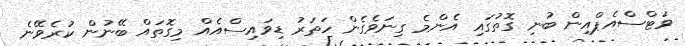
ވަޓްސްއެޕްއިން ބުނި ގޮތުގައި އެންމެ ގިނަވެގެން ހަތަރު ޑިވައިސްއެއް މިގޮތައް ބޭނުން ކުރެވޭނެ